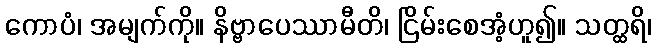
ကောပံ၊ အမျက်ကို။ နိဗ္ဗာပေဿာမီတိ၊ ငြိမ်းစေအံ့ဟူ၍။ သတ္ထရိ၊